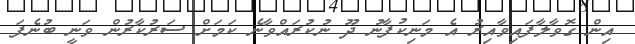
އިން ގޮވާލާފައިވާއިރު އެ މަނިކުފާނު ދޫ ނުކުރައްވާނެ ކަމަށް ސަރުކާރުން ވަނީ ބުނެފަ